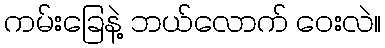
ကမ်းခြေနဲ့ ဘယ်လောက် ဝေးလဲ။